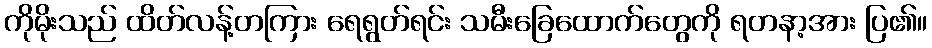
ကိုမိုးသည် ထိတ်လန့်တကြား ရေရွတ်ရင်း သမီးခြေထောက်တွေကို ရတနာ့အား ပြ၏။